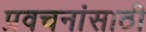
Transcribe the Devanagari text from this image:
प्रवचनांसाठी